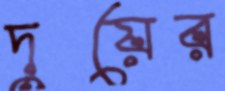
দুয়ের